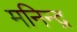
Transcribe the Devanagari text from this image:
मनिन्द्र